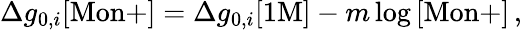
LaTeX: \Delta g_{0,i}[\mathrm{Mon+}]=\Delta g_{0,i}[\mathrm{1M}]-m\log{[\mathrm{Mon+}]}\, ,